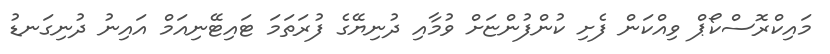
މައިކްރޮސްކޯޕް ވިއްކަން ފެށި ކުންފުންޏަށް ވުމާއި ދުނިޔޭގެ ފުރަތަމަ ޓައިޓޭނިއަމް އައިނު ދުނިގަނޑު